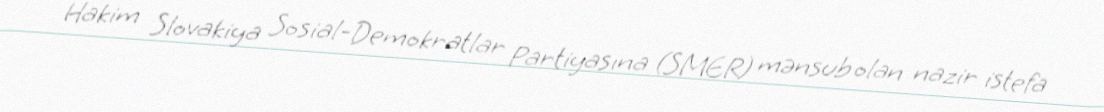
Hakim Slovakiya Sosial-Demokratlar Partiyasına (SMER) mənsub olan nazir istefa